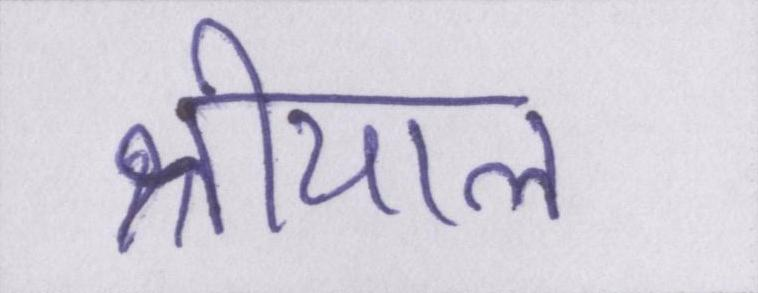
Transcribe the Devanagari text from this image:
श्रीयाल